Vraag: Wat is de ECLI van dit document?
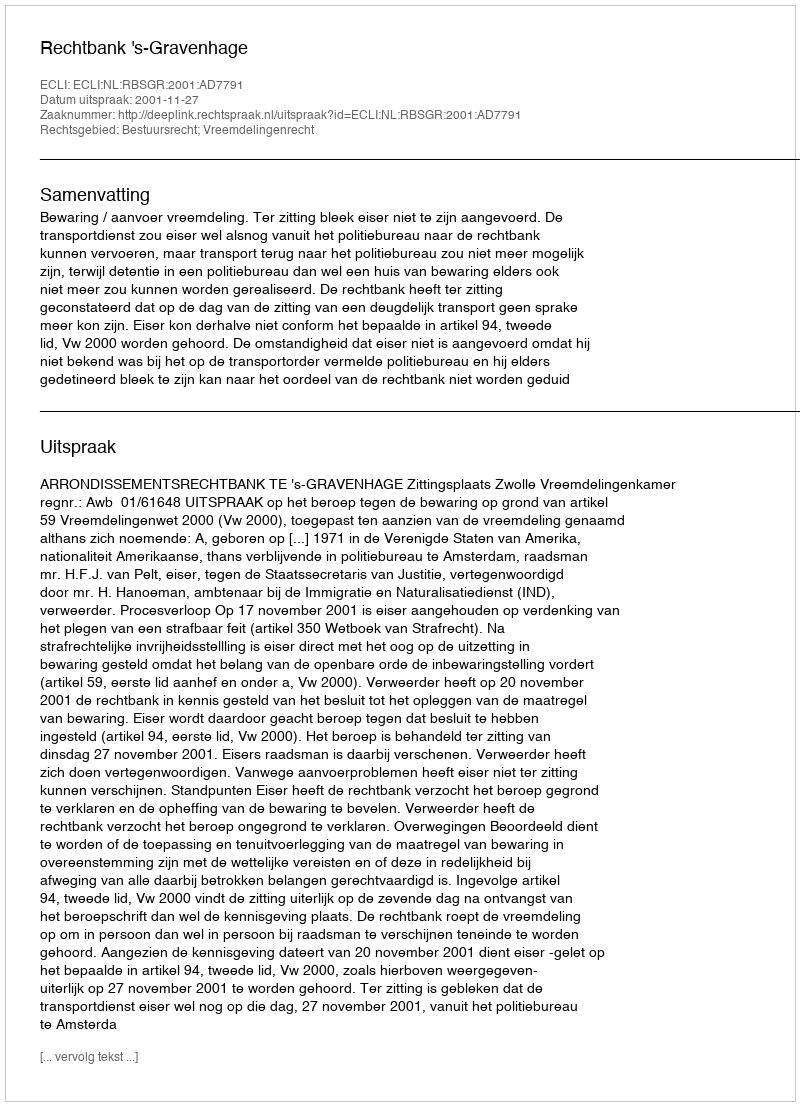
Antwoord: ECLI:NL:RBSGR:2001:AD7791